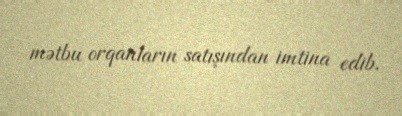
mətbu orqanların satışından imtina edib.